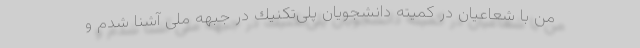
من با شعاعیان در كمیته دانشجویان پلی‌تكنیك در جبهه ملی آشنا شدم و